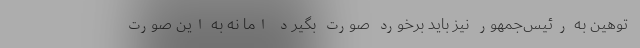
توهین به رئیس‌جمهور نیز باید برخورد صورت بگیرد اما نه به این صورت